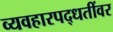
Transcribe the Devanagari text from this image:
व्यवहारपद्धतींवर